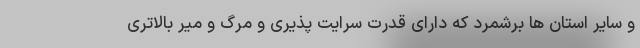
و سایر استان ها برشمرد که دارای قدرت سرایت پذیری و مرگ و میر بالاتری